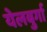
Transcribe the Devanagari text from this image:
येलबुर्गा